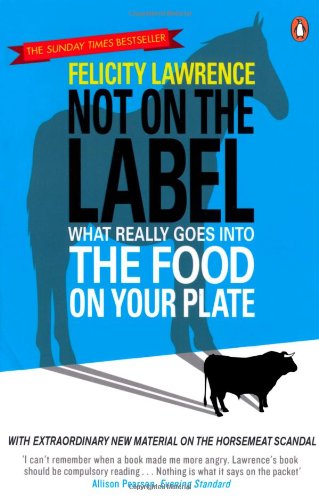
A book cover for Not On the Label: What Really Goes Into The Food On Your Plate; Felicity Lawrence; Cookbooks, Food & Wine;